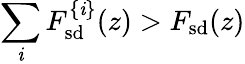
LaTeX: \sum_{\mathit{i}}F_{\mathrm{{sd}}}^{\{ \mathit{i}\} }(z)>F_{\mathrm{{sd}}}(z)